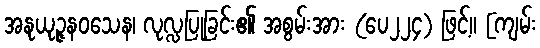
အနုယုဉ္ဇနဝသေန၊ လုလ္လပြုခြင်း၏ အစွမ်းအား (ပေ၂၂၄) ဖြင့်။ [ကျမ်း